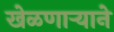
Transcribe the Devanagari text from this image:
खेळणार्‍याने